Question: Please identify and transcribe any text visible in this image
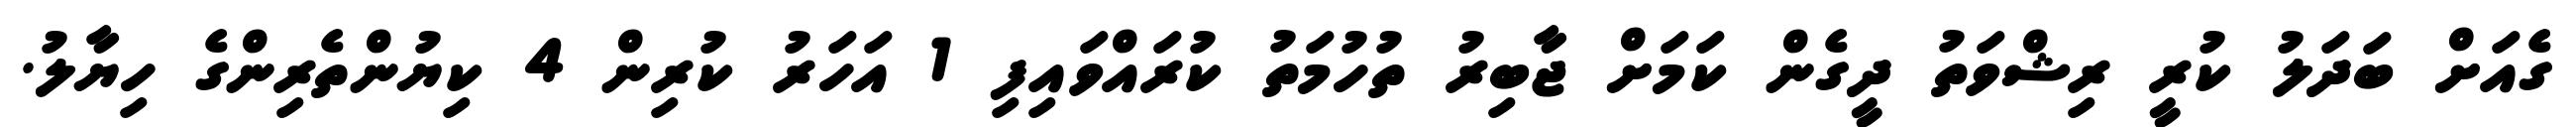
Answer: ގެއަށް ބަދަލު ކުރީ ރިޝްވަތު ދީގެން ކަމަށް ޖާބިރު ތުހުމަތު ކުރައްވައިފި 1 އަހަރު ކުރިން 4 ކިޔުންތެރިންގެ ހިޔާލު.